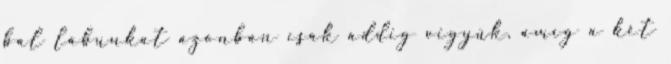
bal lábunkat azonban csak addig vigyük, amíg a két